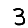
Digit: 3